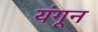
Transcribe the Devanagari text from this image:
यंगून